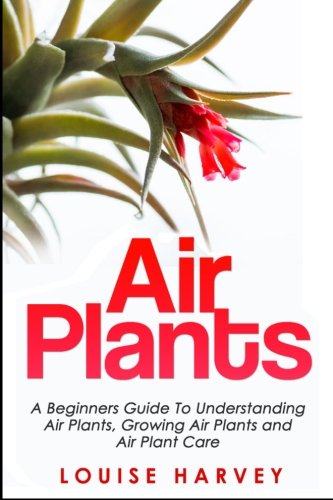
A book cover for Air Plants: A Beginners Guide To Understanding Air Plants, Growing Air Plants and Air Plant Care; Louise Harvey; Crafts, Hobbies & Home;